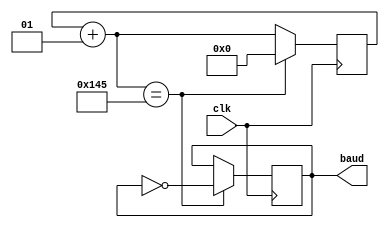
`timescale 1ns / 1ns
//////////////////////////////////////////////////////////////////////////////////
// Company: Computer Engineering Department, Chulalongkorn University
// 
// Design Name: 
// Module Name: baudrate_gen
// Project Name: 
// Target Devices: 
// Tool Versions: 
// Description: 
// 
// Dependencies: 
// 
// Revision:
// Revision 0.01 - File Created
// Additional Comments:
// 
//////////////////////////////////////////////////////////////////////////////////


module baudrate_gen(
    input clk,
    output reg baud
    );
    
    integer counter;
    always @(posedge clk)
    begin
        counter = counter + 1;
        if (counter == 325) begin counter = 0; baud = ~baud; end
    end
endmodule